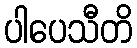
ပါပေသီတိ